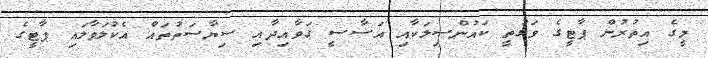
މީގެ އިތުރުން ޕާޓީގެ ވަގުތީ ކައުންސިލަކާއި އަސާސީ ގަވާއިދާއި ސިޔާސަތުތައް އެކުލަވާލައި ޕާޓީގެ